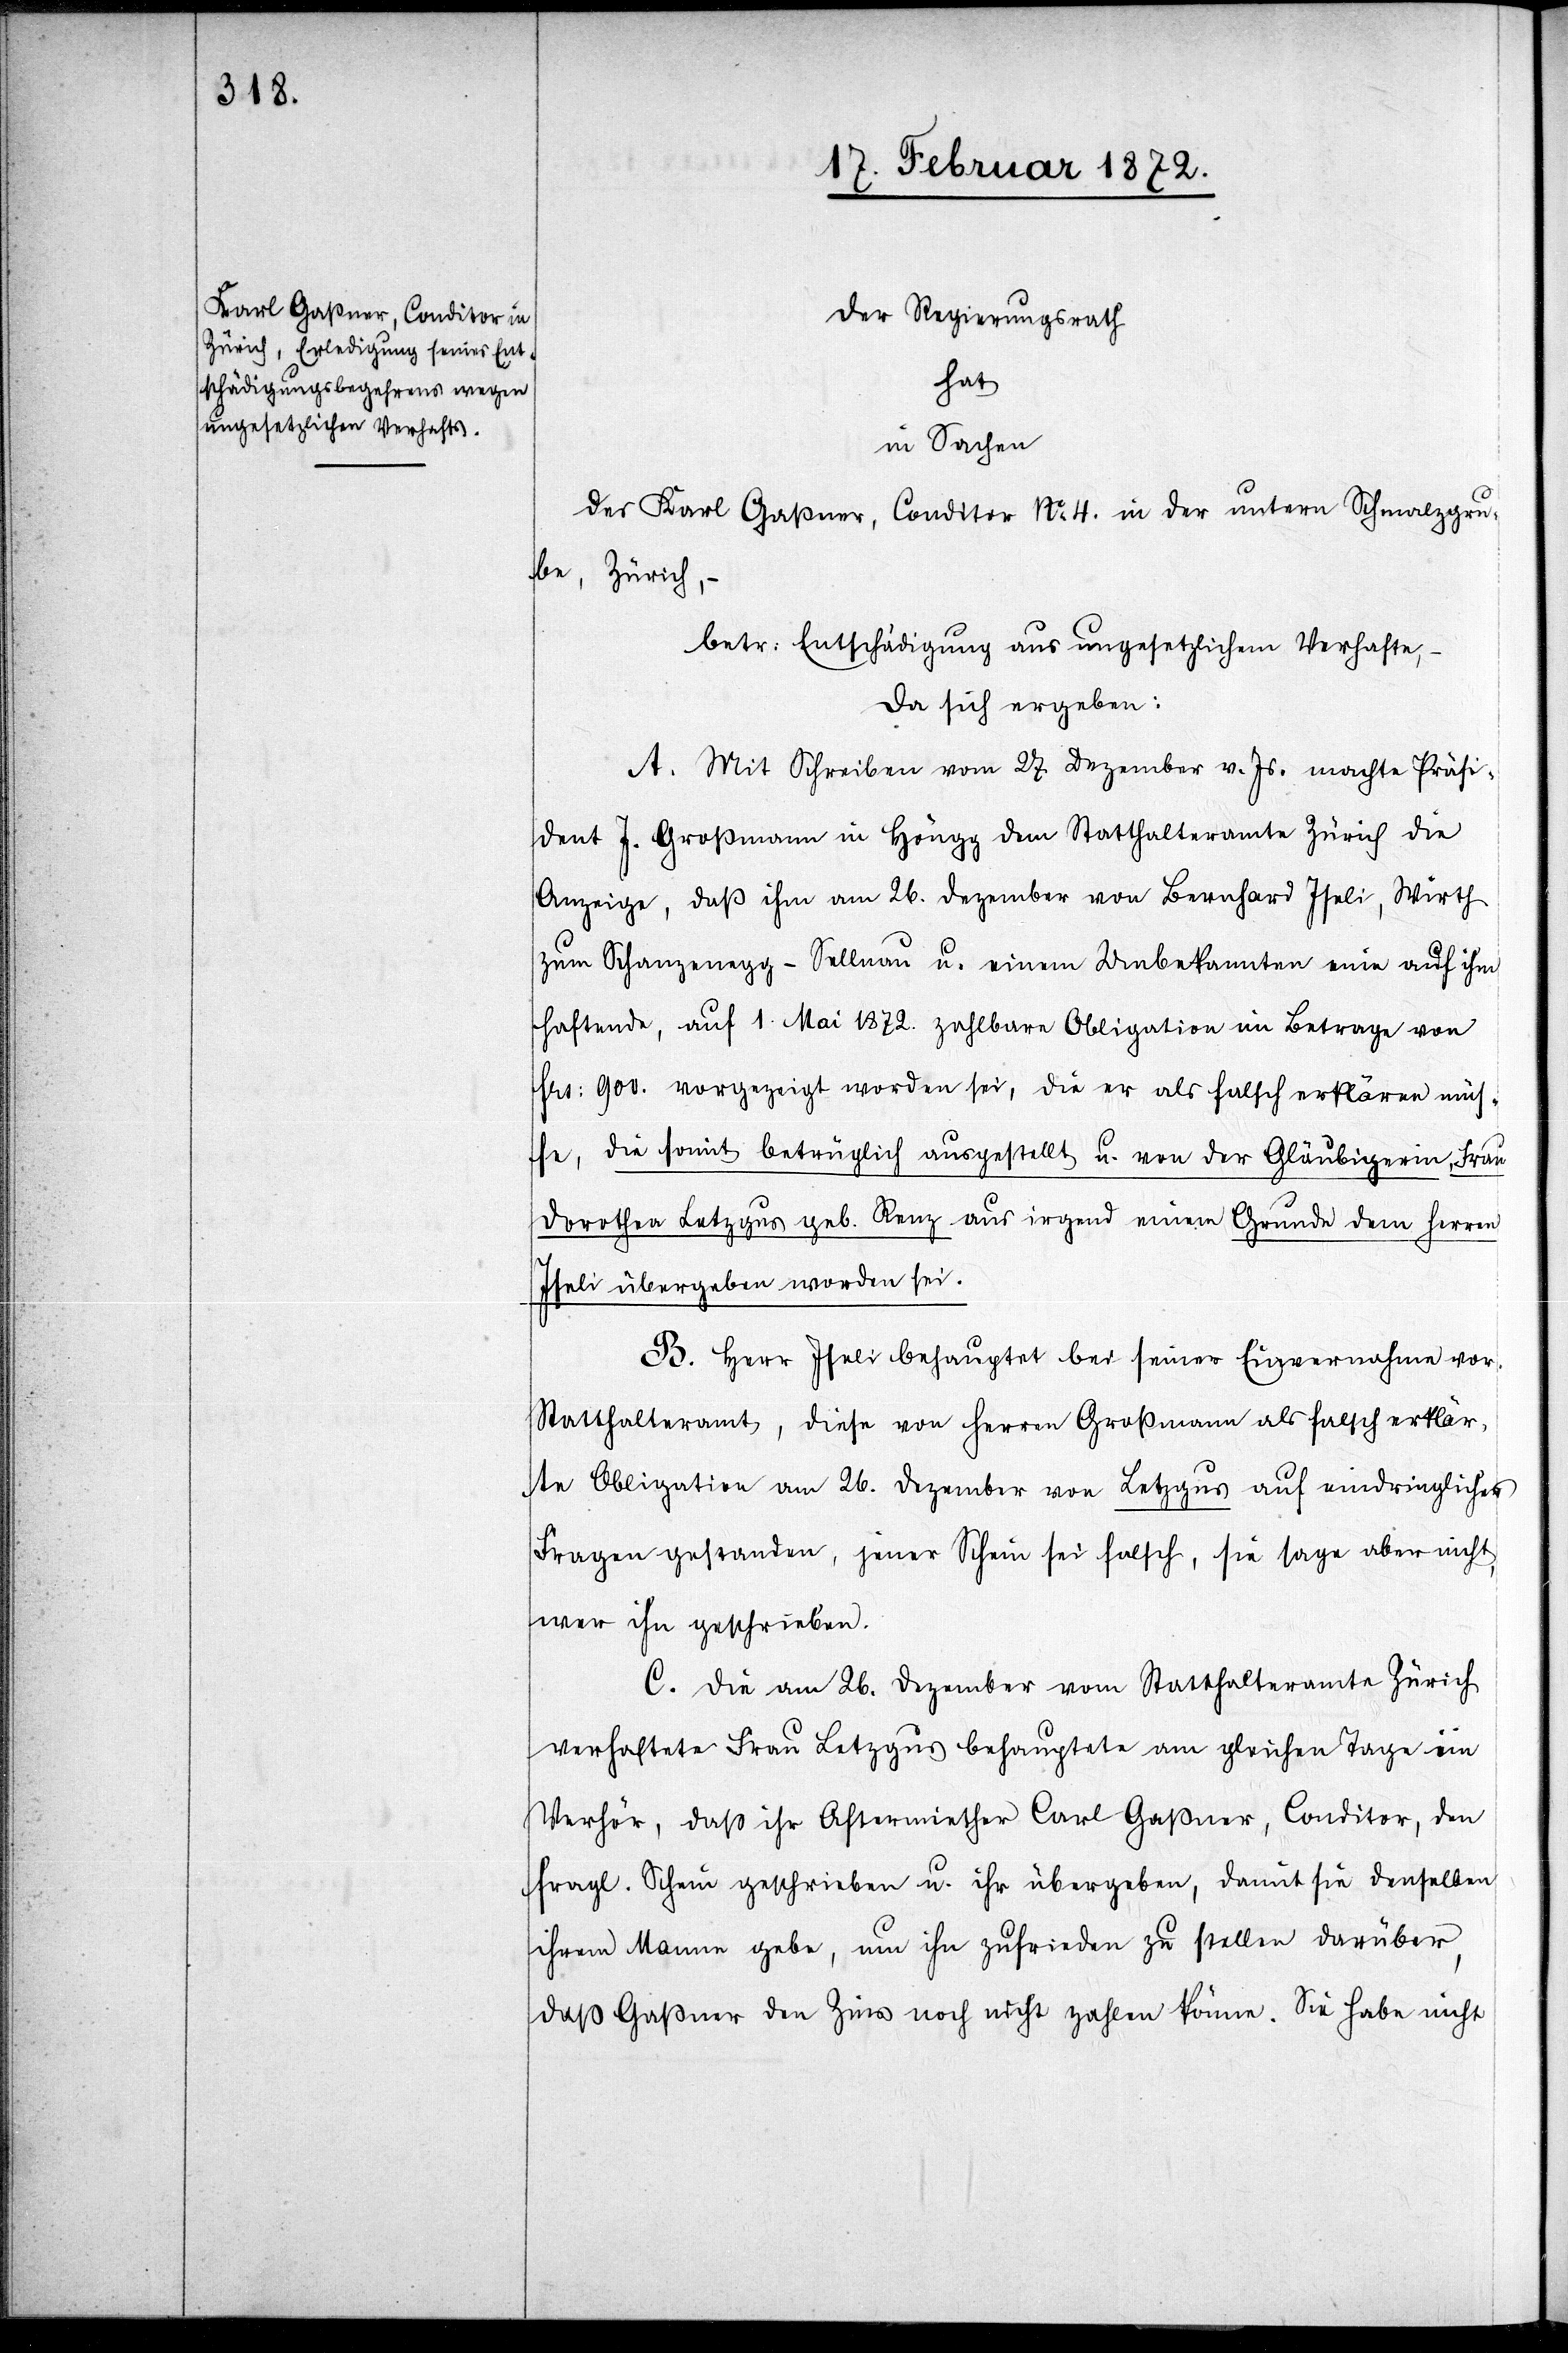
Der Regierungsrath
hat
in Sachen
des Karl Gaßner, Conditor No 4. in der untern Schmalzgru¬
be, Zürich,–
betr: Entschädigung aus ungesetzlichem Verhafte,–
da sich ergeben:
A. Mit Schreiben vom 27. Dezember v. Js. machte Präsi¬
dent J. Großmann in Höngg dem Statthalteramte Zürich die
Anzeige, daß ihm am 26. Dezember von Bernhard Iseli, Wirth
zum Schanzenegg-Sellnau u. einem Unbekannten eine auf ihm
haftende, auf 1. Mai 1872. zahlbare Obligation im Betrage von
frs: 900. vorgezeigt worden sei, die er als falsch erklären müs¬
se, die somit betrüglich ausgestellt u. von der Gläubigerin Frau
Dorothea Letzgus geb. Renz aus irgend einem Grunde dem Herren
Iseli übergeben worden sei.
B. Herr Iseli behauptet bei seiner Einvernahme vor
Statthalteramt, diese von Herren Großmann als falsch erklär¬
te Obligation am 26. Dezember von Letzgus auf eindringliches
Fragen gestanden, jener Schein sei falsch, sie sage aber nicht,
wer ihn geschrieben.
C. Die am 26. Dezember vom Statthalteramte Zürich
verhaftete Frau Letzgus behauptete am gleichen Tage im
Verhör, daß ihr Aftermiether Carl Gaßner, Conditor, den
fragl. Schein geschrieben u. ihr übergeben, damit sie denselben
ihrem Mann gebe, um ihn zufrieden zu stellen darüber,
daß Gaßner den Zins noch nicht zahlen könne. Sie habe nicht